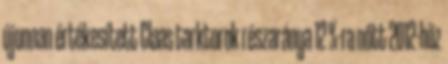
újonnan értékesített Claas tarktorok részaránya 12 %-ra nőtt 2012-höz